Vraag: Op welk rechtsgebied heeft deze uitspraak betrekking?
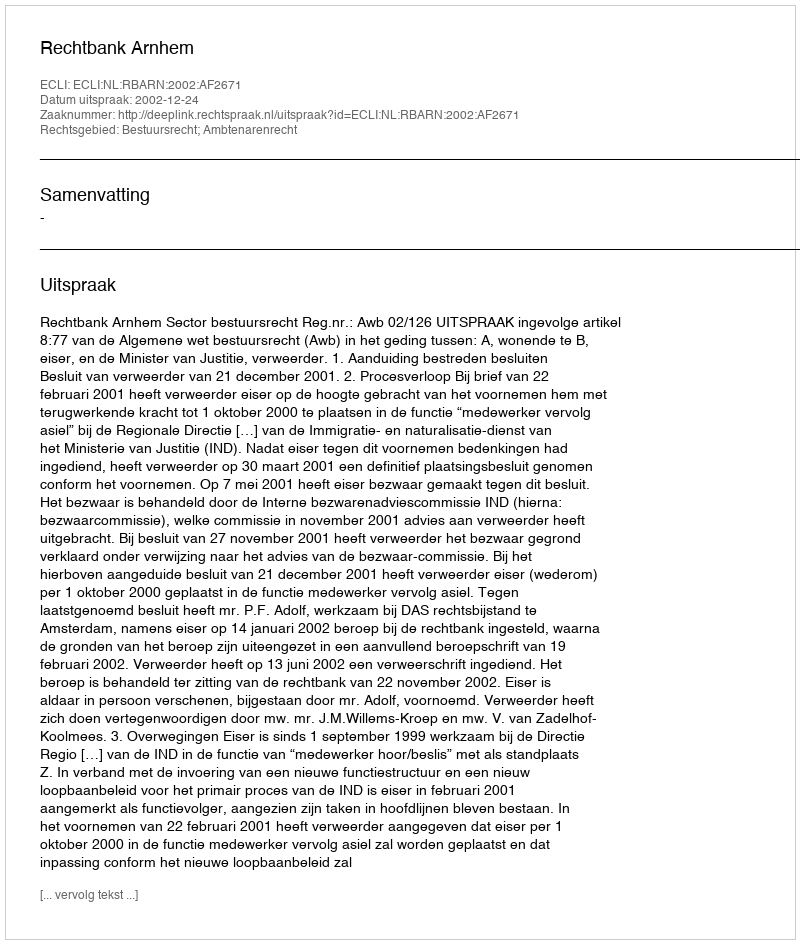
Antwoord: Bestuursrecht; Ambtenarenrecht